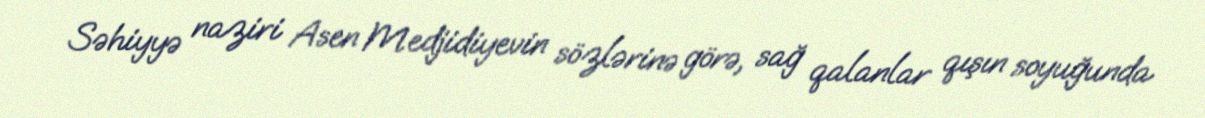
Səhiyyə naziri Asen Medjidiyevin sözlərinə görə, sağ qalanlar qışın soyuğunda